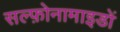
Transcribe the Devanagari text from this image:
सल्फ़ोनामाइडों